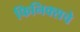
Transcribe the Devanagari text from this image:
फिनिक्सचे